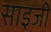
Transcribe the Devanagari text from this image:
साइजी